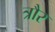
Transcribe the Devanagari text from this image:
त्रौर